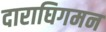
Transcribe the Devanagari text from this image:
दाराघिगमन